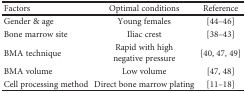
<table><thead><tr><td><b>Factors</b></td><td><b>Optimal conditions</b></td><td><b>Reference</b></td></tr></thead><tbody><tr><td>Gender &amp; age</td><td>Young females</td><td>[44–46]</td></tr><tr><td>Bone marrow site</td><td>Iliac crest</td><td>[38–43]</td></tr><tr><td>BMA technique</td><td>Rapid with high negative pressure</td><td>[40, 47, 49]</td></tr><tr><td>BMA volume</td><td>Low volume</td><td>[47, 48]</td></tr><tr><td>Cell processing method</td><td>Direct bone marrow plating</td><td>[11–18]</td></tr></tbody></table>